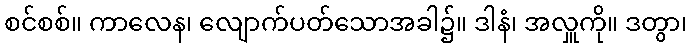
စင်စစ်။ ကာလေန၊ လျောက်ပတ်သောအခါ၌။ ဒါနံ၊ အလှူကို။ ဒတွာ၊